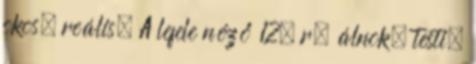
okos, reális. A lefele néző 12. r. álnok, testi,